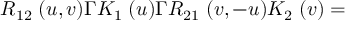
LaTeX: R _ { 1 2 } \; ( u , v ) \Gamma K _ { 1 } \; ( u ) \Gamma R _ { 2 1 } \; ( v , - u ) K _ { 2 } \; ( v ) =